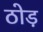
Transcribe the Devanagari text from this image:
ठोड़